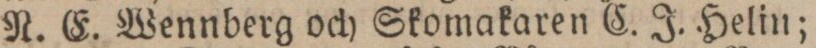
N. E. Wennberg och Skomakaren C. J. Helin;